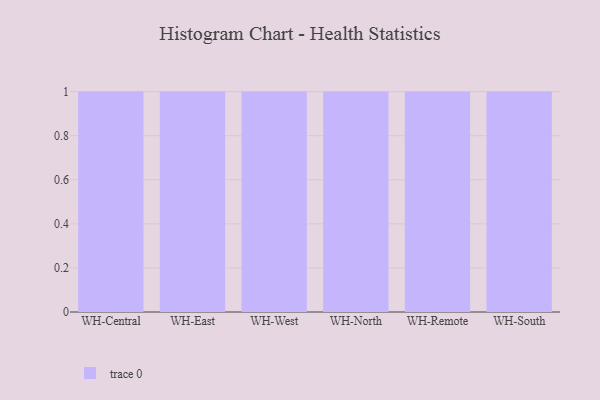
{"axis": {"x": "Warehouse", "y": "Budget (USD K)"}, "legend": [""], "data": [{"x": "WH-Central", "y": 89, "type": ""}, {"x": "WH-East", "y": 92, "type": ""}, {"x": "WH-West", "y": 93, "type": ""}, {"x": "WH-North", "y": 13, "type": ""}, {"x": "WH-Remote", "y": 56, "type": ""}, {"x": "WH-South", "y": 70, "type": ""}]}